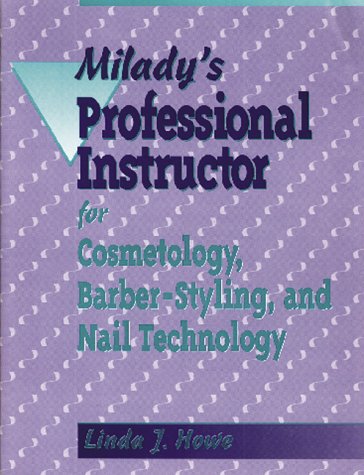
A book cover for Milady's Professional Instructor for Cosmetology, Barber-Styling and Nail Technology; Linda J. Howe; Health, Fitness & Dieting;